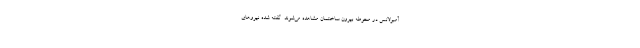
آمبولانس در محوطه بیرون ساختمان مشاهده می‌شوند. گفته شده نیروهای